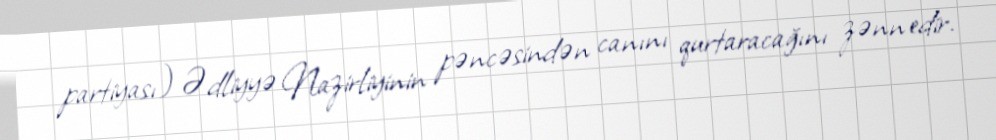
partiyası) Ədliyyə Nazirliyinin pəncəsindən canını qurtaracağını zənn edir.